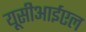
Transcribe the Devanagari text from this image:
यूसीआईएल